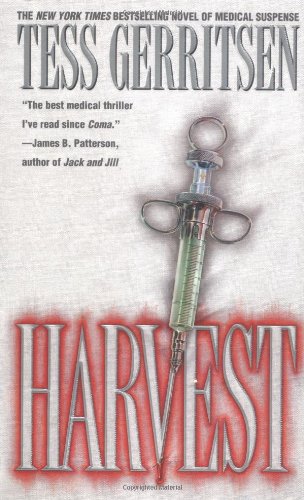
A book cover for Harvest; Tess Gerritsen; Mystery, Thriller & Suspense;